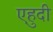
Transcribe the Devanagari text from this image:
एहुदी